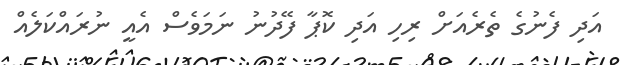
އަދި ފެނުގެ ތެރެއަށް ރިހި އަދި ކޮޕާ ފޭދުނު ނަމަވެސް އެއީ ނުރައްކަލެއް